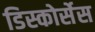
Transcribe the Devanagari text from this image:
डिस्कोर्सेस